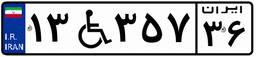
۱۳W۳۵۷۳۶